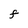
Character: F